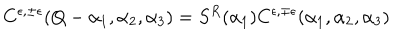
C ^ { \epsilon , \pm \epsilon } ( Q - \alpha _ { 1 } , \alpha _ { 2 } , \alpha _ { 3 } ) = S ^ { R } ( \alpha _ { 1 } ) C ^ { \epsilon , \mp \epsilon } ( \alpha _ { 1 } , \alpha _ { 2 } , \alpha _ { 3 } )